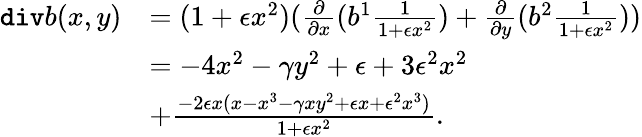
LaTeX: \begin{array}{rl}{\mathtt{div}b(x,y)}&{=(1+\epsilon x^{2})(\frac{\partial}{\partial{x}}(b^{1}\frac{1}{1+\epsilon x^{2}})+\frac{\partial}{\partial{y}}(b^{2}\frac{1}{1+\epsilon x^{2}}))}\\ &{=-4x^{2}-\gamma y^{2}+\epsilon+3\epsilon^{2}x^{2}}\\ &{+\frac{-2\epsilon x(x-x^{3}-\gamma xy^{2}+\epsilon x+\epsilon^{2}x^{3})}{1+\epsilon x^{2}}.}\end{array}